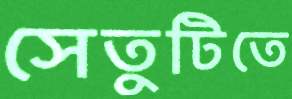
সেতুটিতে